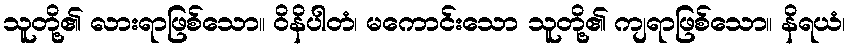
သူတို့၏ လားရာဖြစ်သော။ ဝိနိပါတံ၊ မကောင်းသော သူတို့၏ ကျရာဖြစ်သော။ နိရယံ၊